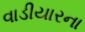
વાડીયારના